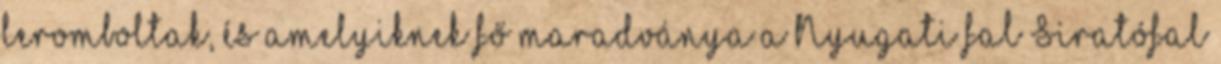
leromboltak, és amelyiknek fő maradványa a Nyugati fal Siratófal